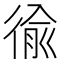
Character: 𢔢